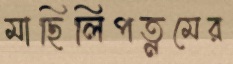
মাছিলিপত্নমের